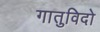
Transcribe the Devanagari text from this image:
गातुविदो